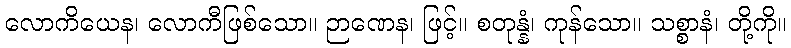
လောကိယေန၊ လောကီဖြစ်သော။ ဉာဏေန၊ ဖြင့်။ စတုန္နံ၊ ကုန်သော။ သစ္စာနံ၊ တို့ကို။